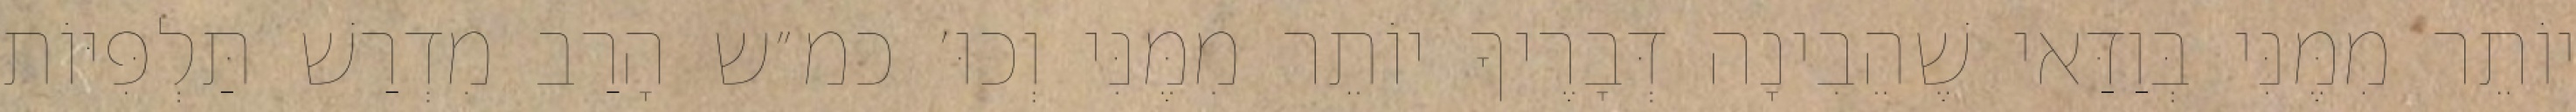
יוֹתֵר מִמֶּנִּי בְּוַדַּאי שֶׁהֵבִינָה דְּבָרֶיךָ יוֹתֵר מִמֶּנִּי וְכוּ׳ כמ״ש הָרַב מִדְרַשׁ תַּלְפִּיּוֹת